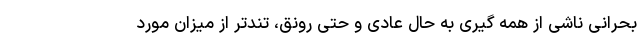
بحرانی ناشی از همه گیری به حال عادی و حتی رونق، تندتر از میزان مورد